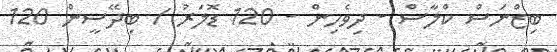
ބިޒްނަސް ކްލާސް - ދިވެހިން - 120 ޑޮލަރު / ބިދޭސީން 120